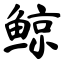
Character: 鲸